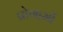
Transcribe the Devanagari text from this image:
प्रोगामों